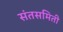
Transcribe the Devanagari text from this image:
संतसमिती